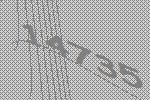
14735